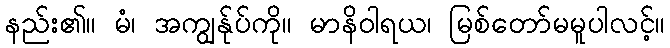
နည်း၏။ မံ၊ အကျွန်ုပ်ကို။ မာနိဝါရယ၊ မြစ်တော်မမူပါလင့်။